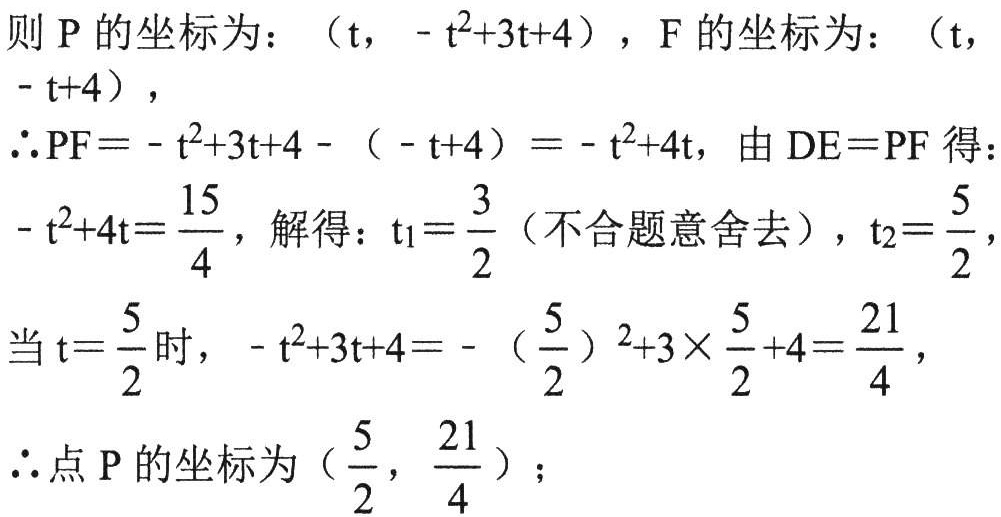
则 \(P\) 的坐标为：\((t, -t^{2}+3t + 4)\)，\(F\) 的坐标为：\((t, -t + 4)\)，
\(\therefore PF=-t^{2}+3t + 4-(-t + 4)=-t^{2}+4t\)，由 \(DE = PF\) 得：
\(-t^{2}+4t=\frac{15}{4}\)，解得：\(t_{1}=\frac{3}{2}\)（不合题意舍去），\(t_{2}=\frac{5}{2}\)，
当 \(t = \frac{5}{2}\) 时，\(-t^{2}+3t + 4=-(\frac{5}{2})^{2}+3\times\frac{5}{2}+4=\frac{21}{4}\)，
\(\therefore\) 点 \(P\) 的坐标为 \((\frac{5}{2}, \frac{21}{4})\)；